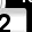
Digit: 2